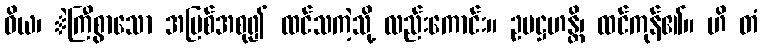
ဝိယ၊ ဲကြီစွာသော အပြစ်အစု၍ ထင်သကဲ့သို့ လည်းကောင်း။ ဥပဋ္ဌဟန္တိ၊ ထင်ကုန်၏။ ဟိ တံ